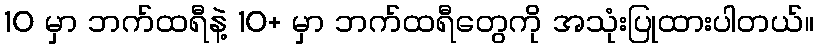
10 မှာ ဘက်ထရီနဲ့ 10+ မှာ ဘက်ထရီတွေကို အသုံးပြုထားပါတယ်။